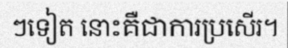
ៗទៀត នោះគឺជាការប្រសើរ។